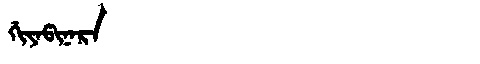
Manchu: ᡤᡳᠶᠠᡦᡳᠨᠠᡵᠠ
Romanization: GIYAPINARA